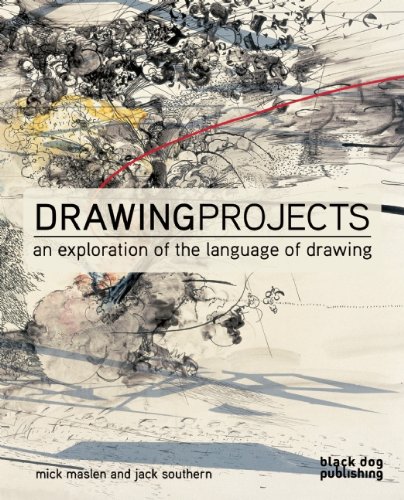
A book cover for The Drawing Projects: An Exploration of the Language of Drawing; Mick Maslen; Arts & Photography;